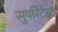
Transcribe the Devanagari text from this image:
सुपरिंटेंडंट